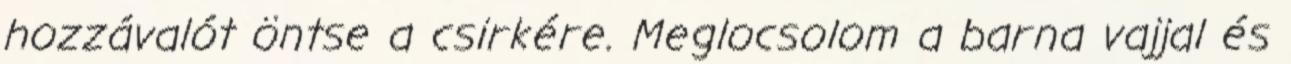
hozzávalót öntse a csirkére. Meglocsolom a barna vajjal és